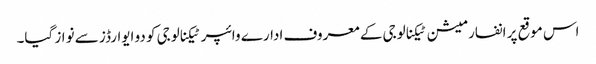
اس موقع پر انفارمیشن ٹیکنالوجی کے معروف ادارے وائپر ٹیکنالوجی کو دو ایوارڈز سے نواز گیا۔